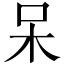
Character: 呆